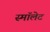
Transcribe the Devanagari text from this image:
स्माॅलेट